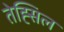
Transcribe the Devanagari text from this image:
तेह्सिल